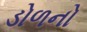
ડોળનો